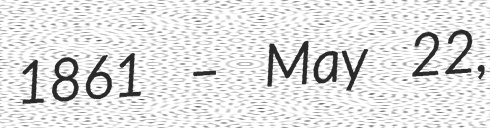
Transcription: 1861 – May 22,